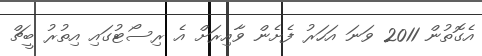
އެގޮތުން 2011 ވަނަ އަހަރު ފެށެން ވާއިރަށް އެ ރިސޯޓުގައި އިތުރު ބީޗް